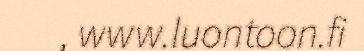
, www.luontoon.fi